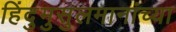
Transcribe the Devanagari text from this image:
हिंदुमुसुलमानांच्या